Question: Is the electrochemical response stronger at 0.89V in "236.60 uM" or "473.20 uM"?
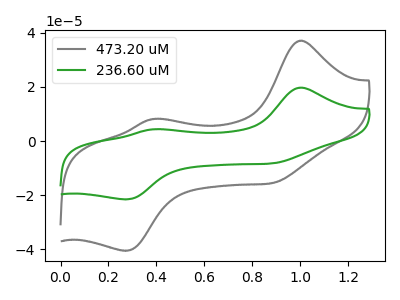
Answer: <think>The gray curve "473.20 uM" has anodic peaks at (1.00V, 37.10uA) (0.40V, 8.15uA) and cathodic peaks at (0.90V, -15.40uA) (0.25V, -40.55uA). The green curve "236.60 uM" has anodic peaks at (1.00V, 19.70uA) (0.40V, 4.35uA) and cathodic peaks at (0.90V, -8.20uA) (0.25V, -21.60uA).</think>
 <answer>The peak at 0.89V is lower in "236.60 uM" than in "473.20 uM".</answer>
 <eval>lower</eval>